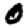
Digit: 0